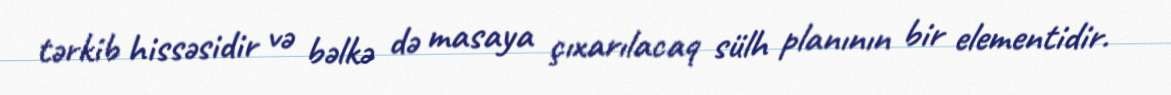
tərkib hissəsidir və bəlkə də masaya çıxarılacaq sülh planının bir elementidir.